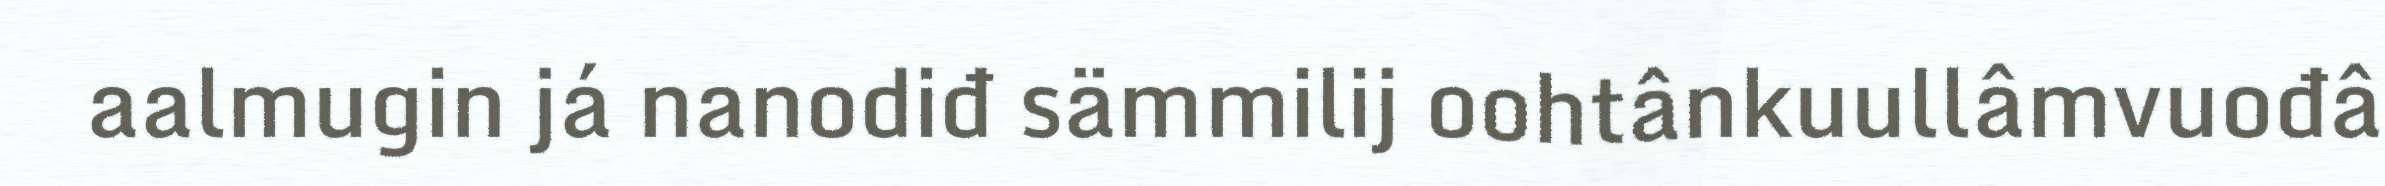
aalmugin já nanodiđ sämmilij oohtânkuullâmvuođâ